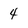
Character: 4